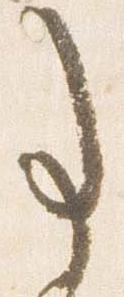
事